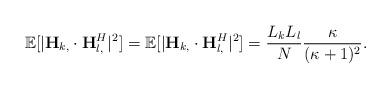
LaTeX: \begin{align*}\mathbb{E}[|\mathbf{H}_{k,} \cdot \mathbf{H}_{l,}^H|^2] = \mathbb{E}[|\mathbf{H}_{k,} \cdot \mathbf{H}_{l,}^H|^2] =\frac{L_k L_l}{N} \frac{\kappa}{(\kappa+1)^2}. \end{align*}